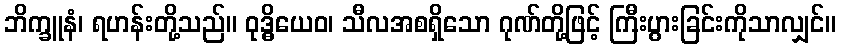
ဘိက္ခူနံ၊ ရဟန်းတို့သည်။ ဝုဒ္ဓိယေဝ၊ သီလအစရှိသော ဂုဏ်တို့ဖြင့် ကြီးပွားခြင်းကိုသာလျှင်။